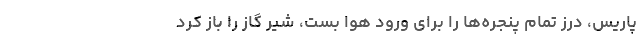
پاریس، درز تمام پنجره‌ها را برای ورود هوا بست، شیر گاز را باز کرد